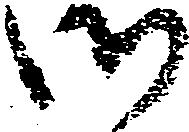
御